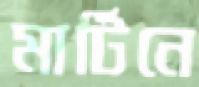
মার্টিনে